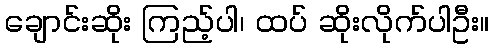
ချောင်းဆိုး ကြည့်ပါ၊ ထပ် ဆိုးလိုက်ပါဦး။